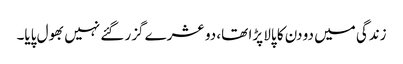
زندگی میں دو دن کا پالا پڑا تھا، دو عشرے گزر گئے نہیں بھول پایا۔